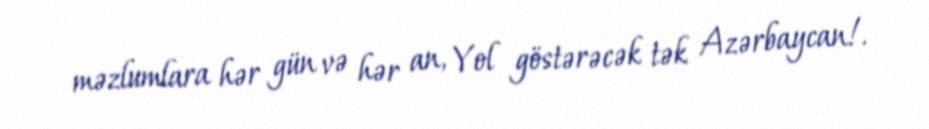
məzlumlara hər gün və hər an, Yol göstərəcək tək Azərbaycan!.